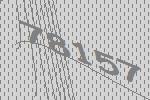
78157